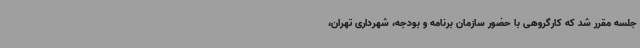
جلسه مقرر شد که کارگروهی با حضور سازمان برنامه و بودجه، شهرداری تهران،